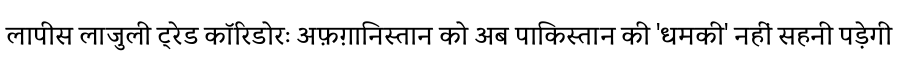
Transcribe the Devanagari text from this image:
लापीस लाजुली ट्रेड कॉरिडोरः अफ़ग़ानिस्तान को अब पाकिस्तान की 'धमकी' नहीं सहनी पड़ेगी